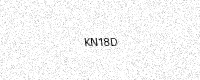
Text: KN18D